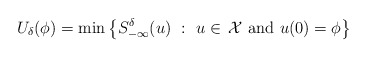
\begin{align*}U_\delta(\phi)=\min\left\{S^\delta_{-\infty}(u)\ :\ u \in\,\mathcal{X} \mbox{ and } {u(0)=\phi}\right\}\end{align*}